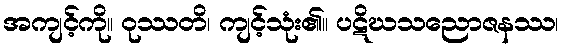
အကျင့်ကို။ ဝုဿတိ၊ ကျင့်သုံး၏။ ပဋိဃသညောဇနဿ၊